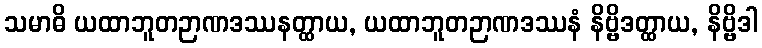
သမာဓိ ယထာဘူတဉာဏဒဿနတ္ထာယ, ယထာဘူတဉာဏဒဿနံ နိဗ္ဗိဒတ္ထာယ, နိဗ္ဗိဒါ